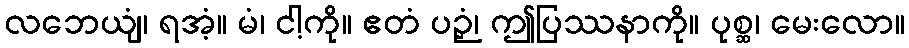
လဘေယျံ၊ ရအံ့။ မံ၊ ငါ့ကို။ ဧတံ ပဉှံ၊ ဤပြဿနာကို။ ပုစ္ဆ၊ မေးလော။